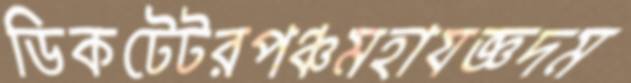
ডিকটেটরপঞ্চমহাযজ্ঞদম